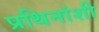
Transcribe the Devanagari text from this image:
प्रथिनांशी